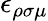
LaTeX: \epsilon_{\rho\sigma\mu}